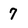
Character: 7